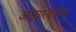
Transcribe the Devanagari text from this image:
अख्यात्यारित